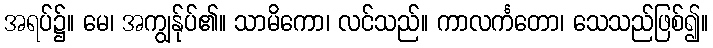
အရပ်၌။ မေ၊ အကျွန်ုပ်၏။ သာမိကော၊ လင်သည်။ ကာလင်္ကတော၊ သေသည်ဖြစ်၍။